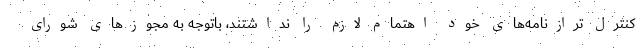
کنترل ترازنامه‌های خود اهتمام لازم را نداشتند، باتوجه به مجوزهای شورای